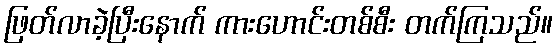
ဖြတ်လာခဲ့ပြီးနောက် ကားဟောင်းတစ်စီး တက်ကြသည်။